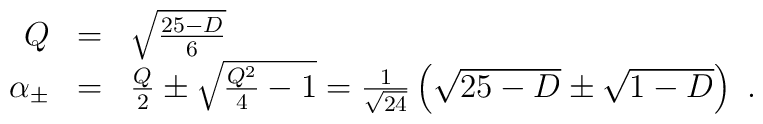
\begin{array}{rcl}    Q &=& \sqrt{\frac{25-D}{6}}\\    \alpha_{\pm} &=& \frac{Q}{2} \pm \sqrt{\frac{Q^2}{4} - 1} =      \frac{1}{\sqrt{24}} \left(\sqrt{25-D} \pm \sqrt{1-D} \right) \ . \end{array}